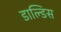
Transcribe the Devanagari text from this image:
डाल्डिस